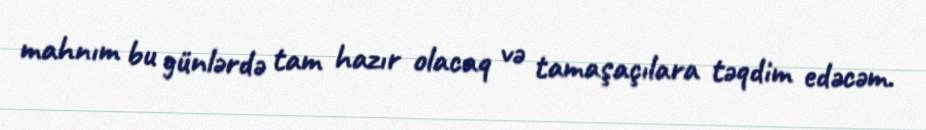
mahnım bu günlərdə tam hazır olacaq və tamaşaçılara təqdim edəcəm.